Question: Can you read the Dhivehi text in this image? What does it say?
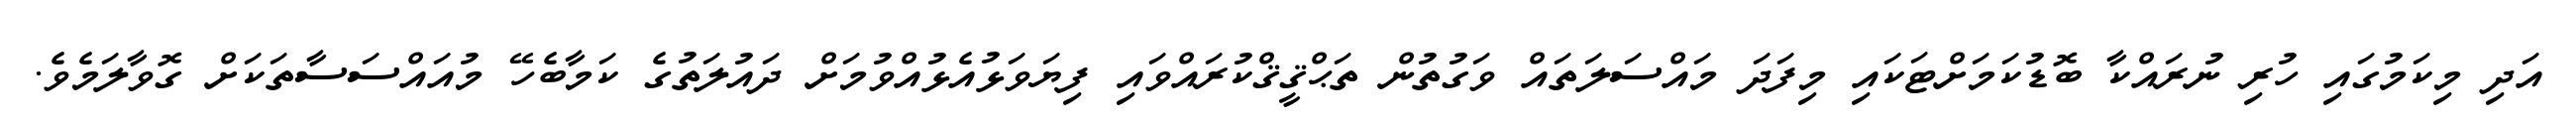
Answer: އަދި މިކަމުގައި ހުރި ނުރައްކާ ބޮޑުކަމަށްޓަކައި މިފަދަ މައްސަލަތައް ވަގުތުން ތަޙްޤީޤްކުރައްވައި ފިޔަވަޅުއެޅުއްވުމަށް ދައުލަތުގެ ކަމާބެހޭ މުއައްސަސާތަކަށް ގޮވާލަމެވެ.